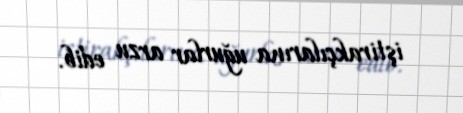
iştirakçılarına uğurlar arzu edib.